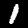
Digit: 1